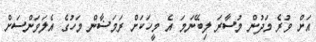
އަށް ވުރެ މަދުން މުސާރަ ލިބޭނަމަ އެ މީހަކަށް ރަމަޟާން މަހުގެ އެލަވަންސަށް